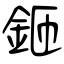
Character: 鉔